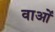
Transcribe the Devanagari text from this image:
वाओं